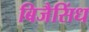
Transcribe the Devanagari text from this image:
बिजैसिंध